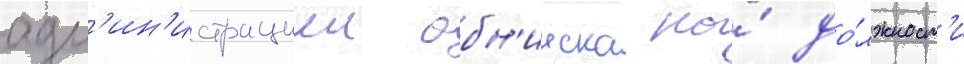
адм'ин'истрациеи обн'инска на́ до́лжност'и